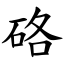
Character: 硌